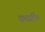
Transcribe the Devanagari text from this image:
समावर्तित